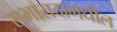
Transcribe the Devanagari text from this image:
सभासदामधील